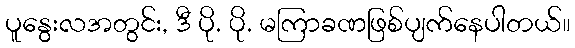
ပူနွေးလအတွင်း, ဒီ ပို. ပို. မကြာခဏဖြစ်ပျက်နေပါတယ်။